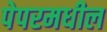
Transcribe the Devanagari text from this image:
पेपरमधील